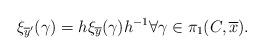
LaTeX: \begin{align*}\xi_{\overline{y}'}(\gamma)=h\xi_{\overline{y}}(\gamma)h^{-1} \forall \gamma\in \pi_{1}(C,\overline{x}).\end{align*}